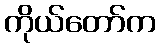
ကိုယ်တော်က